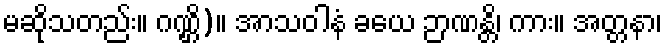
မဆိုသတည်း။ ဂဏ္ဌိ)။ အာသဝါနံ ခယေ ဉာဏန္တိ၊ ကား။ အတ္တနာ၊